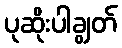
ပုဆိုးပါချွတ်